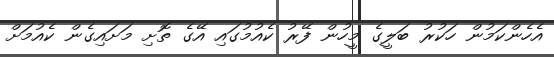
އެހެންކަމުން ހަކުރު ބަލީގެ މީހުން ފޭރު ކެއުމުގައި އޭގެ ތޮށި މަށައިގެން ކެއުމަށް